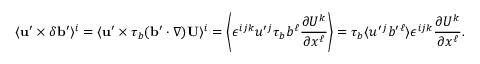
\langle { { \bf { u } } ^ { \prime } \times \delta { \bf { b } } ^ { \prime } } \rangle ^ { i } = \langle { { \bf { u } } ^ { \prime } \times \tau _ { b } ( { \bf { b } } ^ { \prime } \cdot \nabla ) { \bf { U } } } \rangle ^ { i } = \left\langle { \epsilon ^ { i j k } u ^ { \prime } { } ^ { j } \tau _ { b } b ^ { \ell } \frac { \partial U ^ { k } } { \partial x ^ { \ell } } } \right\rangle = \tau _ { b } \langle { u ^ { \prime } { } ^ { j } b ^ { \prime } { } ^ { \ell } } \rangle \epsilon ^ { i j k } \frac { \partial U ^ { k } } { \partial x ^ { \ell } } .